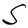
Character: S